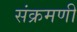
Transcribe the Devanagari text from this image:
संक्रमणी